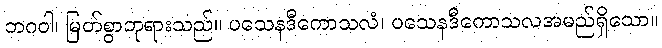
ဘဂဝါ၊ မြတ်စွာဘုရားသည်။ ပသေနဒီကောသလံ၊ ပသေနဒီကောသလအမည်ရှိသော။